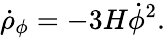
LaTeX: \dot{\rho}_{\phi}=-3H{\dot{\phi}}^{2}.